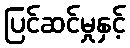
ပြင်ဆင်မှုနှင့်